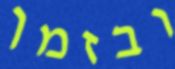
ובזמן